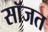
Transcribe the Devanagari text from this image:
सॉजत